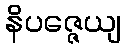
နိပဇ္ဇေယျ